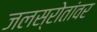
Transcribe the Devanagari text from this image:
जलस्रोतांवर